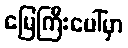
မြေကြီးပေါ်မှာ